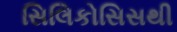
સિલિકોસિસથી